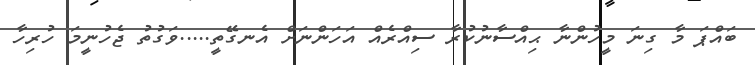
ބައްޕަ މާ ގިނަ މީހުންނާ ޙިއްސާނުކުރާ ސިއްރެއް އަހަންނަށް އެނގޭތީ.....ވަގުތު ޖެހުނީމަ ހުރިހާ